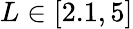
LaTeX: L\in[2.1,5]